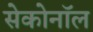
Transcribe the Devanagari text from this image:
सेकोनॉल